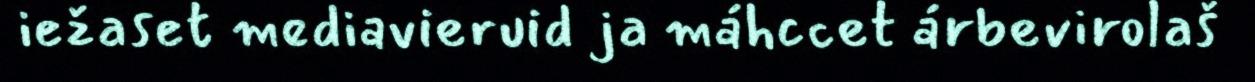
iežaset mediavieruid ja máhccet árbevirolaš